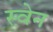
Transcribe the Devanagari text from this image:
स्‍वेन